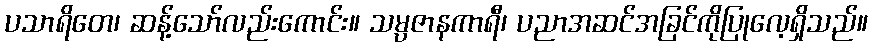
ပသာရိတေ၊ ဆန့်သော်လည်းကောင်း။ သမ္ပဇာနကာရီ၊ ပညာအဆင်အခြင်ကိုပြုလေ့ရှိသည်။